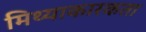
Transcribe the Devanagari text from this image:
मिथ्याकारकता